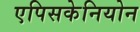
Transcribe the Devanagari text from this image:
एपिसकेनियोन